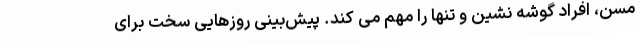
مسن، افراد گوشه نشین و تنها را مهم می کند. پیش‌بینی روزهایی سخت برای